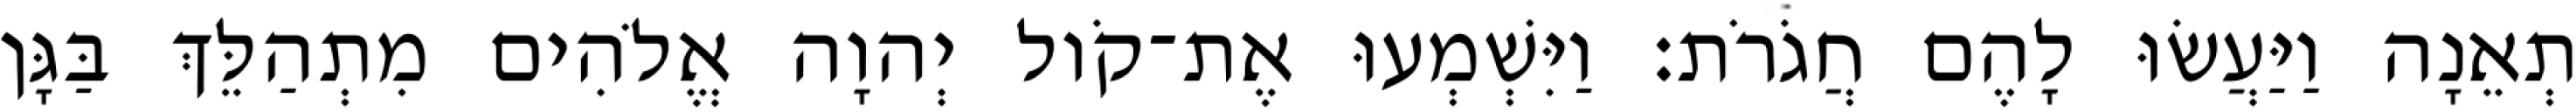
תְאֵנָה וַיַּעֲשׂוּ לָהֶם חֲגֹרֹת׃ וַיִּשְׁמְעוּ אֶת־קֹול יְהוָה אֱלֹהִים מִתְהַלֵּךְ בַּגָּן